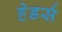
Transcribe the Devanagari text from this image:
हेडर्स